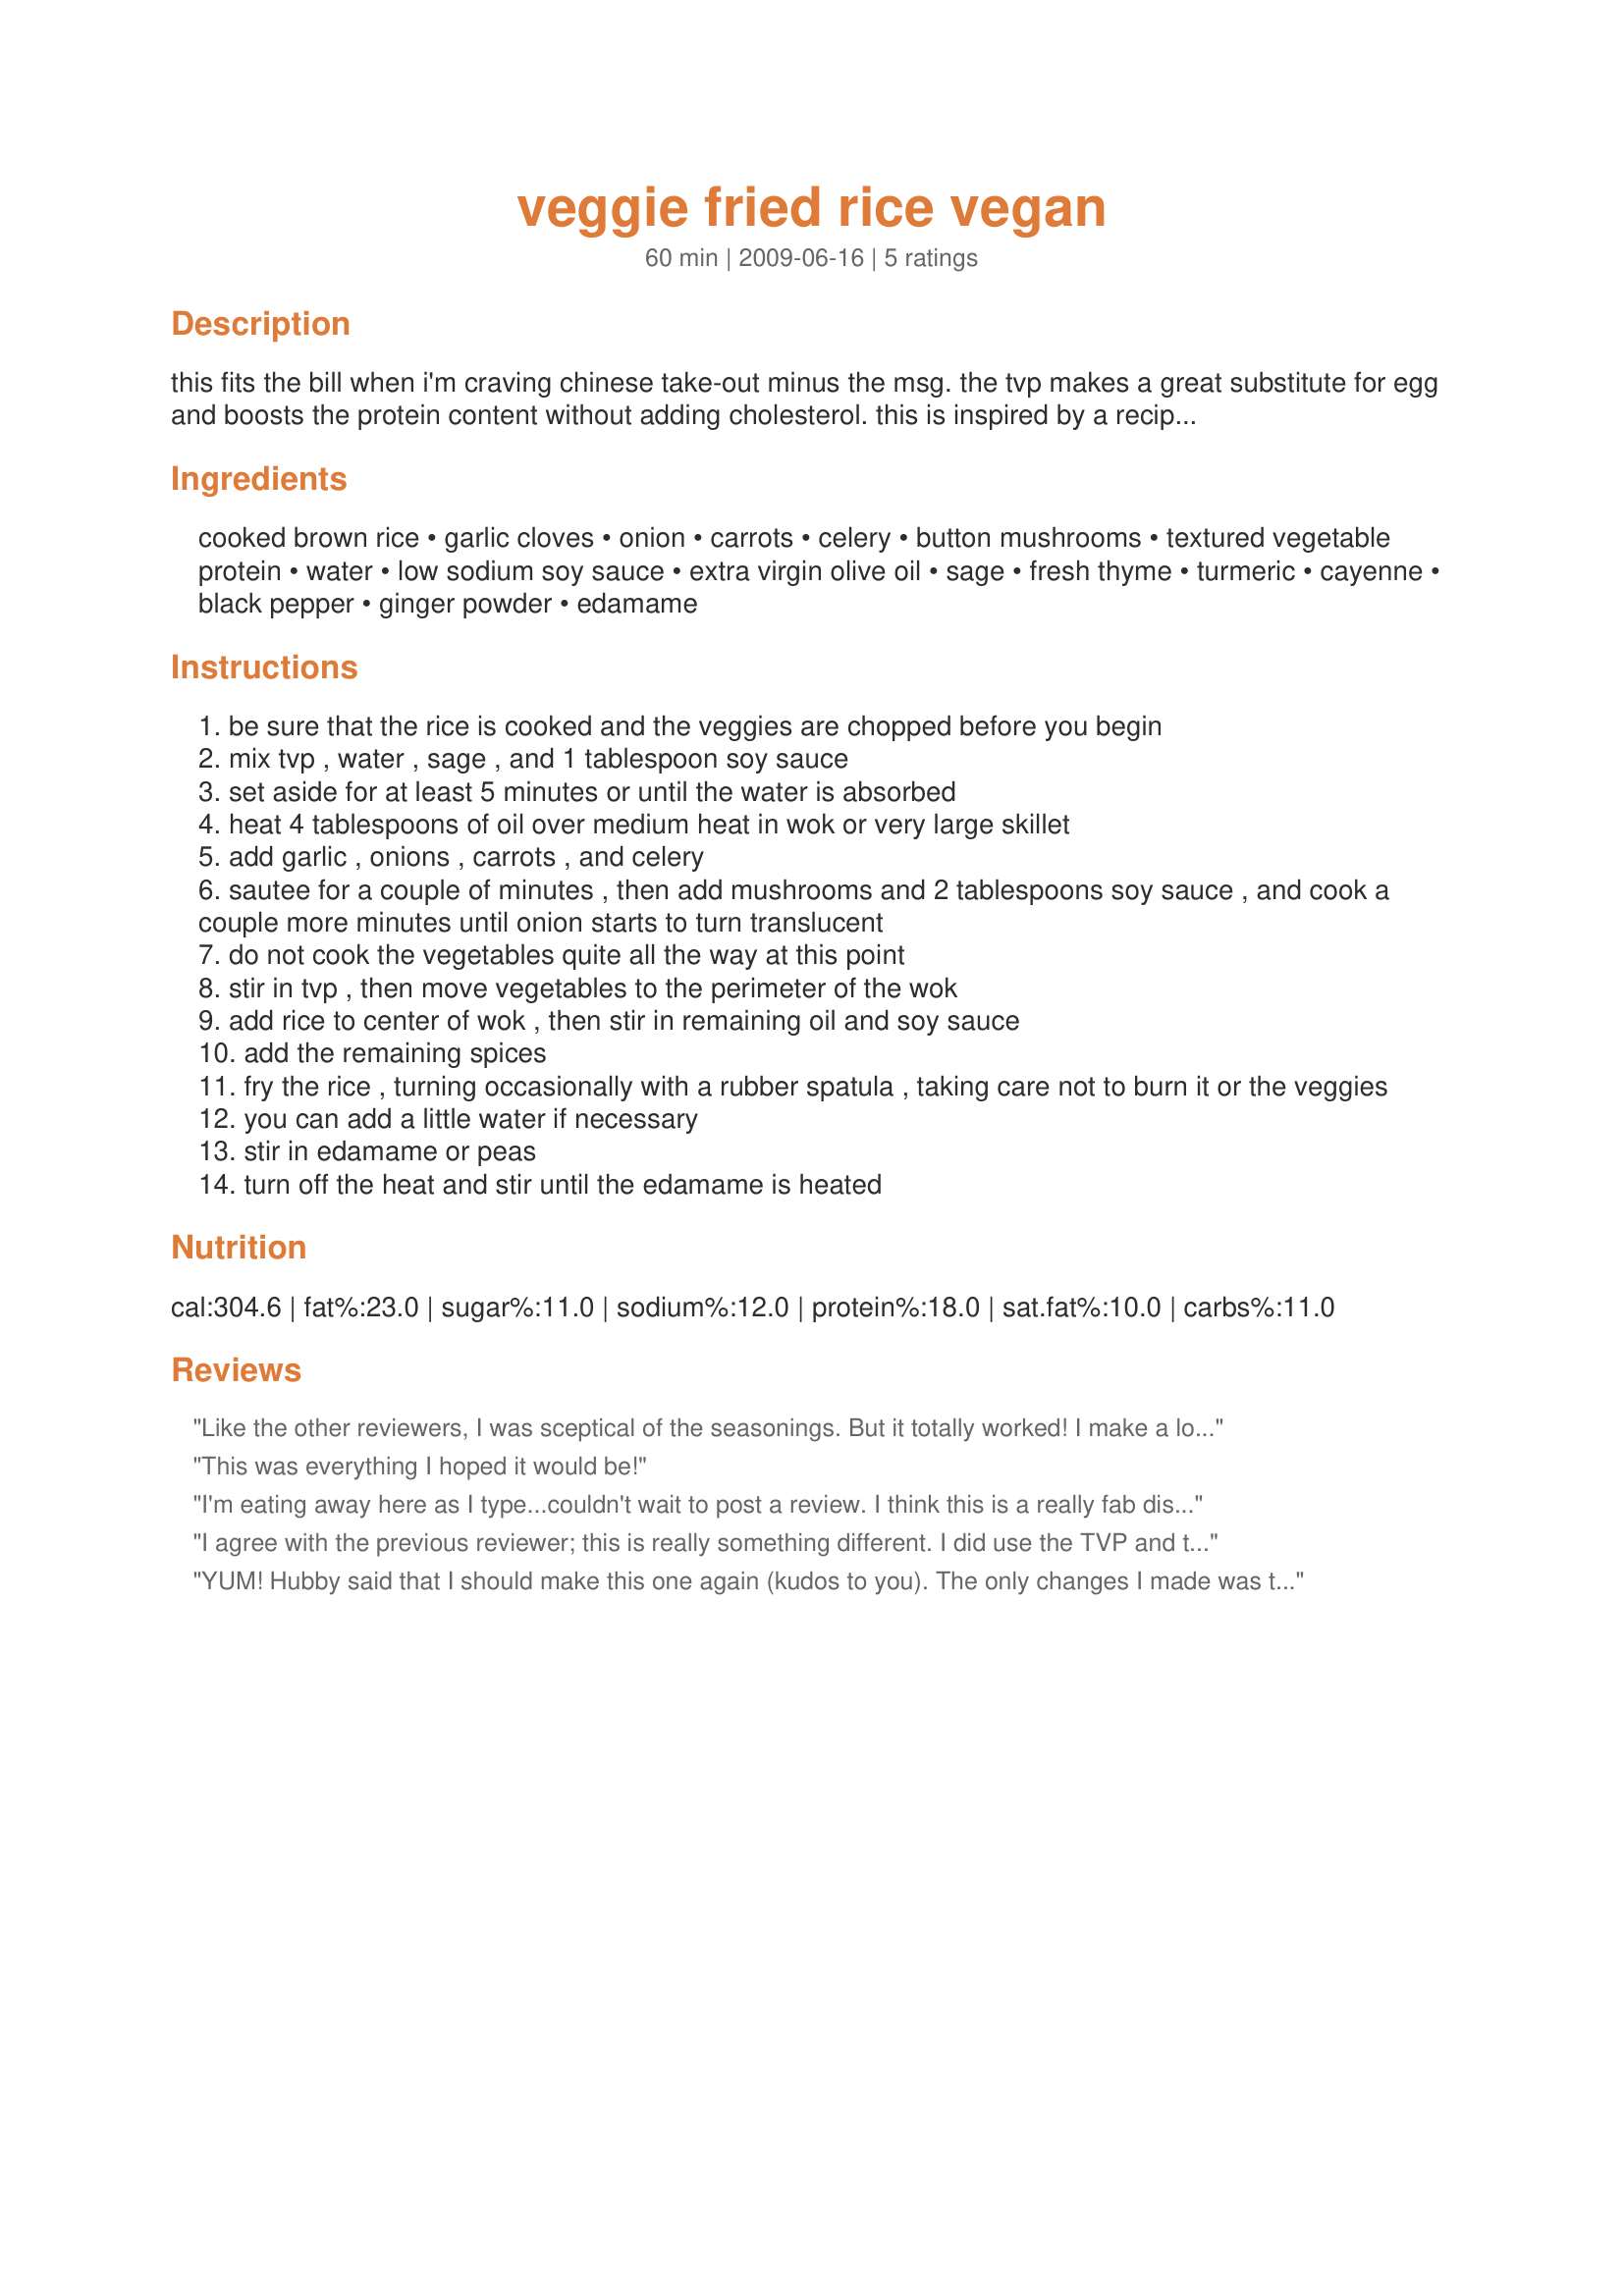
veggie fried rice vegan
Preparation time: 60 minutes

this fits the bill when i'm craving chinese take-out minus the msg. the tvp makes a great substitute for egg and boosts the protein content without adding cholesterol. this is inspired by a recipe i found here: http://ericglover.com/vegetarian_vegan_fried_rice_recipe.html. prep time is for cooking rice while chopping veggies. serves about 4 as an entree or 6 as a side.

Ingredients:
cooked brown rice, garlic cloves, onion, carrots, celery, button mushrooms, textured vegetable protein, water, low sodium soy sauce, extra virgin olive oil, sage, fresh thyme, turmeric, cayenne, black pepper, ginger powder, edamame

Steps:
be sure that the rice is cooked and the veggies are chopped before you begin
mix tvp , water , sage , and 1 tablespoon soy sauce
set aside for at least 5 minutes or until the water is absorbed
heat 4 tablespoons of oil over medium heat in wok or very large skillet
add garlic , onions , carrots , and celery
sautee for a couple of minutes , then add mushrooms and 2 tablespoons soy sauce , and cook a couple more minutes until onion starts to turn translucent
do not cook the vegetables quite all the way at this point
stir in tvp , then move vegetables to the perimeter of the wok
add rice to center of wok , then stir in remaining oil and soy sauce
add the remaining spices
fry the rice , turning occasionally with a rubber spatula , taking care not to burn it or the veggies
you can add a little water if necessary
stir in edamame or peas
turn off the heat and stir until the edamame is heated

Reviews:
Like the other reviewers, I was sceptical of the seasonings. But it totally worked! I make a lot of fried rice recipes, and this is my new favorite! The family loved it as well!<br/>I followed the recipe exactly, and wouldn't change a thing! I am usually notorious for changing every recipe I get my hands on, but this was perfect!
This was everything I hoped it would be!
I'm eating away here as I type...couldn't wait to post a review. I think this is a really fab dish Prose, you don't disappoint (as usual). I would never have thought to combine those herbs/spices with anything Asian, so that's a new one on me. The TVP addition is fantastic and no one is the wiser around my house :). It's amazing how far a cup of rice can go, this is a real meal in a bowl, very budget friendly...it's got everything you need. My kids have already asked for seconds. This will make a great potluck dish in future. Thanks Prose! Made for Veg*n Swap Feb10. (ps, I made exactly as written except I didn't use that much oil, maybe 3 tbsp total).
I agree with the previous reviewer; this is really something different. I did use the TVP and thought it was a good addition. I added what I thought was less than 1/8 tsp of cayenne, and it really gave it a kick which I liked, but may be too much for some. I did not use mushrooms, and I also left out the sage on principle since I'm not a big fan. This recipe is EXCELLENT. It's really like something you would find at a very fancy restaurant. I also liked the prior reviewer's idea about using it for a pot luck; I could see it really working for that. All in all, a highly recommended quick-to-prepare meal in a bowl good for young and old alike. Enjoy!
YUM! Hubby said that I should make this one again (kudos to you). The only changes I made was to use less oil (accomplished this by cooking the veggies in a nonstick pan), omitted the sage (none in the pantry) and cayenne (hubby not a fan of &quot;heat&quot;), and cut the thyme in half. We drizzled the final product with sesame oil. Next time I will use fresh ginger, some white pepper, top it with scallions and add more sesame oil. Thanks for posting~
